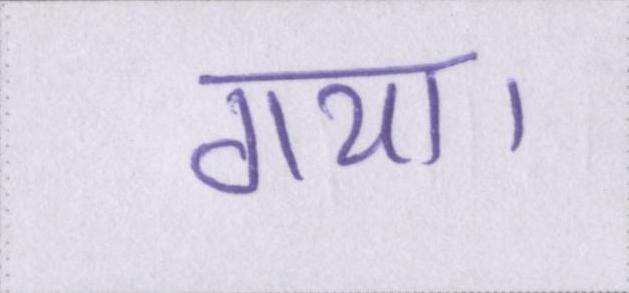
गया।